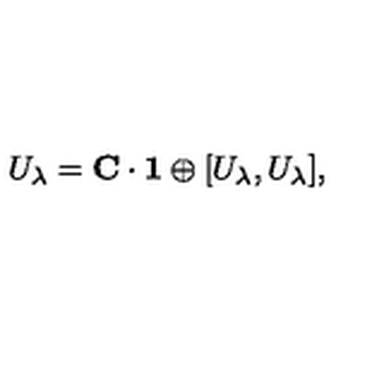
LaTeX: U _ { \lambda } = { \bf C } \cdot { \bf 1 } \oplus [ U _ { \lambda } , U _ { \lambda } ] ,